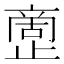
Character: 𰙷